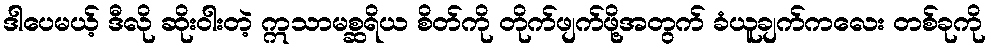
ဒါပေမယ့် ဒီလို ဆိုးဝါးတဲ့ ဣသာမစ္ဆရိယ စိတ်ကို တိုက်ဖျက်ဖို့အတွက် ခံယူချက်ကလေး တစ်ခုကို